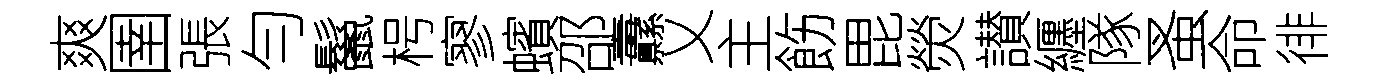
爽圉張勻鬣枵寥蠙邵纛乂主飭毘熒讃纒隊蚤命徘